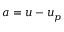
\boldsymbol { a } = \boldsymbol { u } - \boldsymbol { u } _ { p }